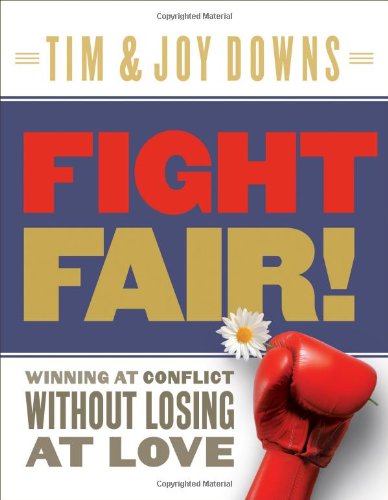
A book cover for Fight Fair: Winning at Conflict without Losing at Love; Tim Downs; Parenting & Relationships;